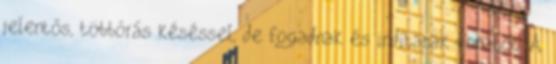
jelentős, többórás késéssel, de fogadnak és indítanak vonatot. A